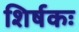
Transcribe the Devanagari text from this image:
शिर्षकः